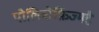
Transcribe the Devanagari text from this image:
पोलिमोर्फ़िज्महै